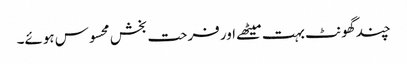
چند گھونٹ بہت میٹھے اور فرحت بخش محسوس ہوئے۔